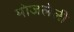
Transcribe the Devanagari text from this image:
मोजलेली